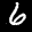
Label: 6